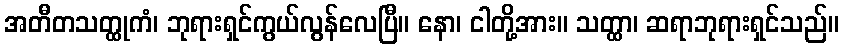
အတီတသတ္ထုကံ၊ ဘုရားရှင်ကွယ်လွန်လေပြီ။ နော၊ ငါတို့အား။ သတ္ထာ၊ ဆရာဘုရားရှင်သည်။